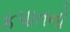
કપાતનો